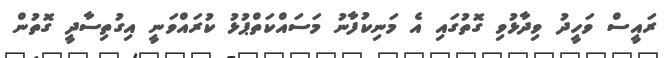
ރައީސް ވަހީދު ވިދާޅުވި ގޮތުގައި އެ މަނިކުފާނު މަސައްކަތްޕުޅު ކުރައްވަނީ އިގުތިސާދީ ގޮތުން